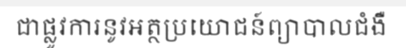
ជាផ្លូវការនូវអត្ថប្រយោជន៍ព្យាបាលជំងឺ